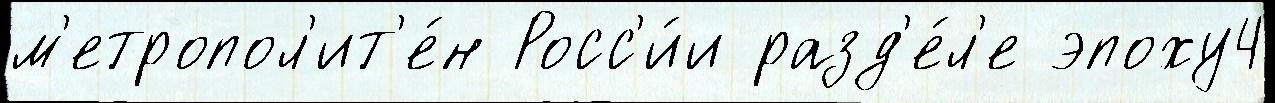
м'етропол'ит'е́н Росс'и́и разд'е́л'е эпоху4